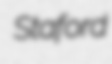
Staford